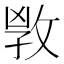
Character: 𢽌